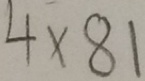
4 \times 8 1